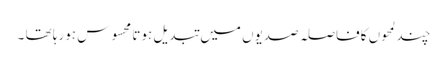
چند لمحوں کافاصلہ صدیوں میں تبدیل ہوتا محسوس ہورہا تھا ۔